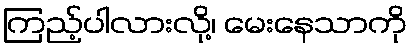
ကြည့်ပါလားလို့၊ မေးနေသာကို